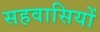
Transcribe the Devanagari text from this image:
सहवासियों